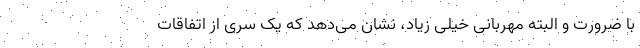
با ضرورت و البته مهربانی خیلی زیاد، نشان می‌دهد که یک سری از اتفاقات